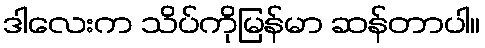
ဒါလေးက သိပ်ကိုမြန်မာ ဆန်တာပါ။